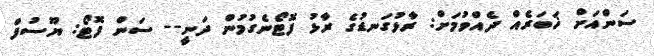
ސަންއަށް ޚަބަރެއް ދެއްވުމަށް: ރާޅުގަނޑުގެ ރާޅު ފޮޓޯނެގުމުން ދަނީ-- ސަން ފޮޓޯ: ޔޫސުފް